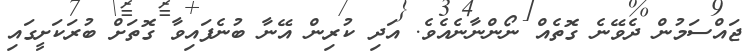
ޖައްސަމުން ދެވޭނެ ގޮތެއް ނޯންނާނެއެވެ. އަދި ކުރިން އޭނާ ބުނެފައިވާ ގޮތަށް ބުރަކަށީގައި